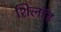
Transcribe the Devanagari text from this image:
शिलॉह